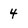
Character: 4